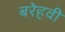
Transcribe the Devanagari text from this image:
बरेहवी